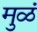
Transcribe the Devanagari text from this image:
मुळं